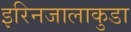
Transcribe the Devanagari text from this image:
इरिनजालाकुडा